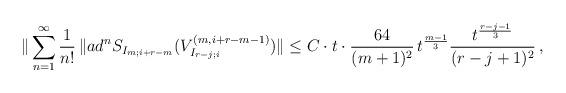
LaTeX: \begin{align*}\|\sum_{n=1}^{\infty}\frac{1}{n!}\,\|ad^{n}S_{I_{m; i+r-m}}(V^{(m, i+r-m-1)}_{I_{r-j;i}})\|\leq C\cdot t \cdot \frac{64}{(m+1)^2}\,t^{\frac{m-1}{3}}\frac{t^{\frac{r-j-1}{3}}}{(r-j+1)^2}\,, \end{align*}